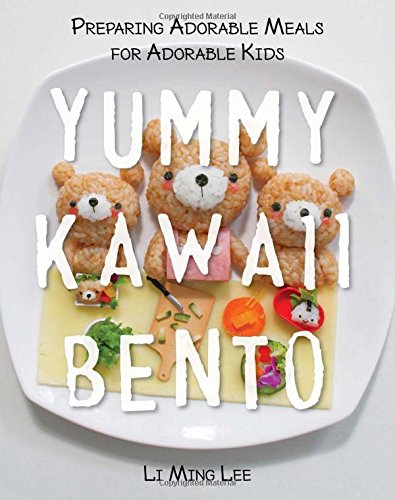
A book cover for Yummy Kawaii Bento: Preparing Adorable Meals for Adorable Kids; Li Ming Lee; Cookbooks, Food & Wine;